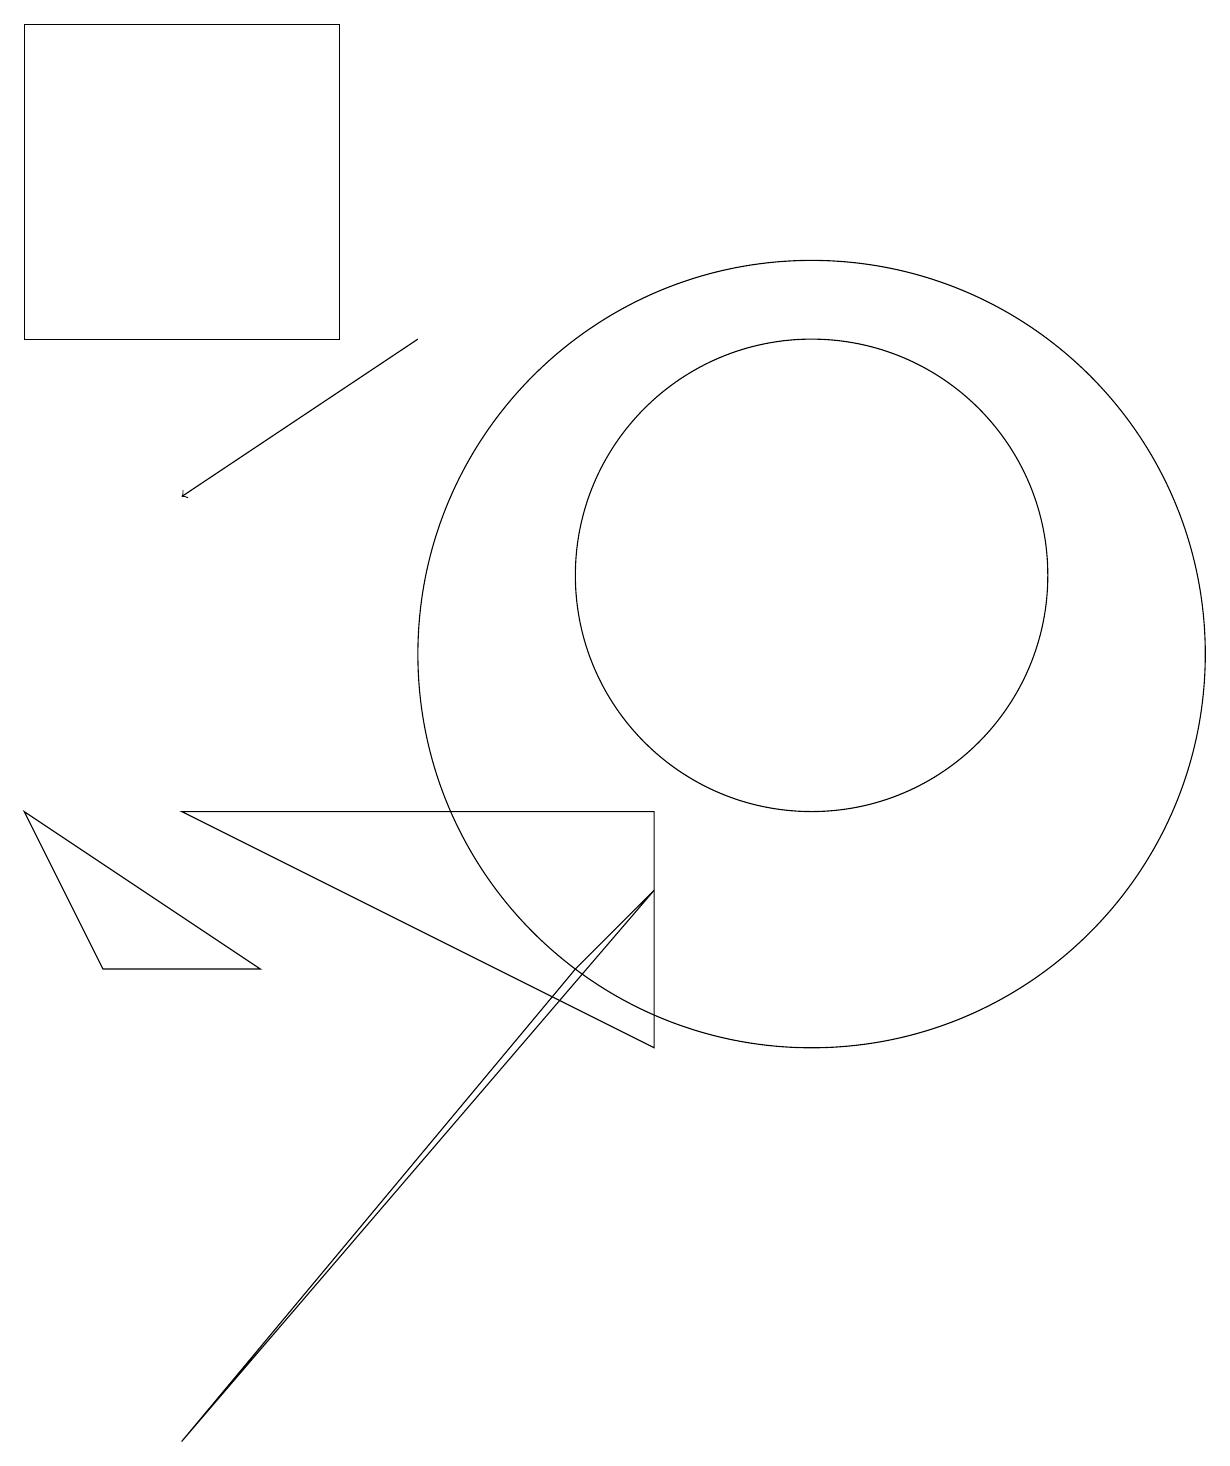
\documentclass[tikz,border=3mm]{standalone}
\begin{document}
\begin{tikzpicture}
\draw (5,15) rectangle (1,19);
\draw (9,6) -- (9,9) -- (3,9) -- cycle;
\draw (11,11) circle (5);
\draw (4,7) -- (2,7) -- (1,9) -- cycle;
\draw (11,12) circle (3);
\draw[->] (6,15) -- (3,13);
\draw (9,8) -- (8,7) -- (3,1) -- cycle;
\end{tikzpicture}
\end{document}